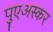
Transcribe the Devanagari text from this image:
पुएअस्कर